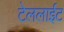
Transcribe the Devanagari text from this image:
टेललाईट